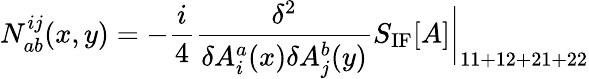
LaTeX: N_{ab}^{ij}(x,y)=-{\frac{i}{4}}{\frac{\delta^{2}}{\delta A_{i}^{a}(x)\delta A_{j}^{b}(y)}}S_{\mathrm{IF}}[A]\bigg|_{11+12+21+22}